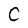
Character: C